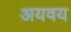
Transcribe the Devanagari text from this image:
अयवय